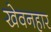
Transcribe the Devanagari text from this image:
खेवनहार